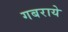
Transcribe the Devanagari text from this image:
गबराये